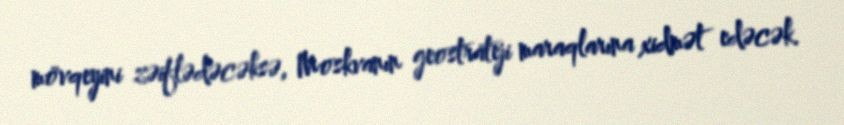
mövqeyini zəiflədəcəksə, Moskvanın geostrateji maraqlarına xidmət edəcək.